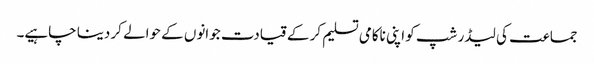
جماعت کی لیڈر شپ کو اپنی ناکامی تسلیم کر کے قیادت جوانوں کے حوالے کر دینا چاہیے۔